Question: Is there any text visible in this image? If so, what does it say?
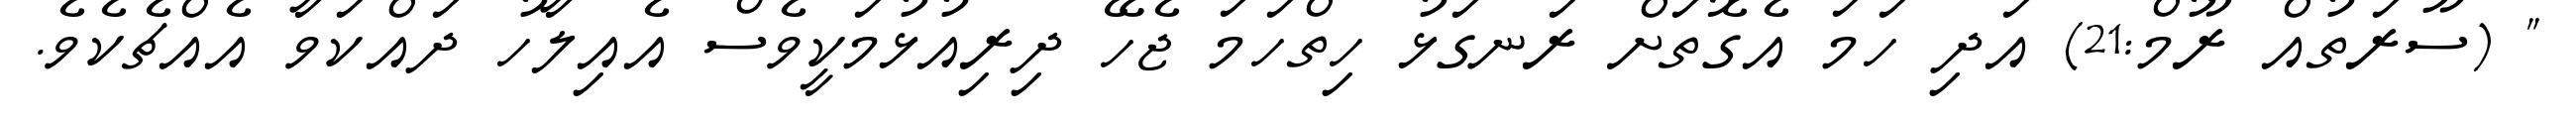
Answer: " (ސޫރަތުއް ރޫމް:21) އަދި ހަމަ އެގޮތަށް ރަނގަޅު ހިތްހަމަ ޖެހޭ ދިރިއުޅުމަކީވެސް އެއިލާހު ދައްކަވާ އެއްޗެކެވެ.